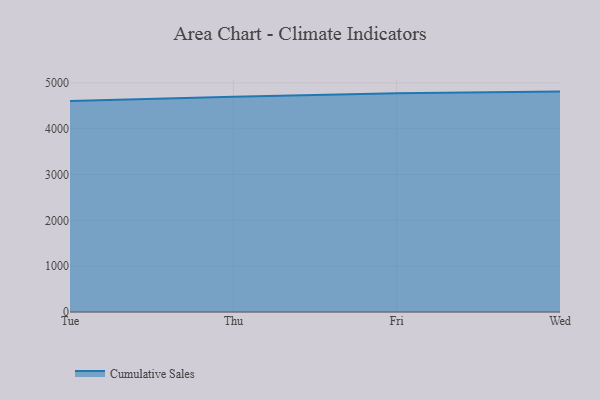
{"axis": {"x": "Day", "y": "Net Income (USD K)"}, "legend": ["Cumulative Sales"], "data": [{"x": "Tue", "y": 4604.7, "type": "Cumulative Sales"}, {"x": "Thu", "y": 4697.5, "type": "Cumulative Sales"}, {"x": "Fri", "y": 4772.9, "type": "Cumulative Sales"}, {"x": "Wed", "y": 4809.9, "type": "Cumulative Sales"}]}